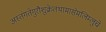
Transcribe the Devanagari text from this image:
अस्तंगतेगुरौशुक्रेतथामासेमलिम्लुचे